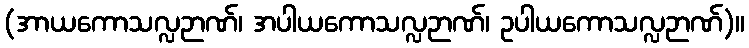
(အာယကောသလ္လဉာဏ်၊ အပါယကောသလ္လဉာဏ်၊ ဥပါယကောသလ္လဉာဏ်)။